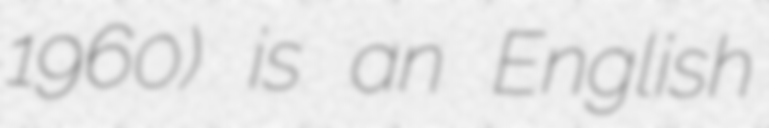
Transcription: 1960) is an English